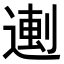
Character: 𬨼